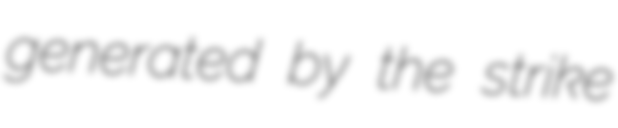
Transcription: generated by the strike